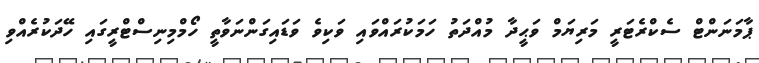
ޕާމަނަންޓް ސެކްރެޓަރީ މަރިޔަމް ވަޙީދާ މުއްދަތު ހަމަކުރައްވައި ވަކިވެ ވަޑައިގަންނަވާތީ ހޯމްމިނިސްޓްރީގައި ހޭދަކުރެއްވި